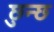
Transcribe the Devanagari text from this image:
छुन्छ